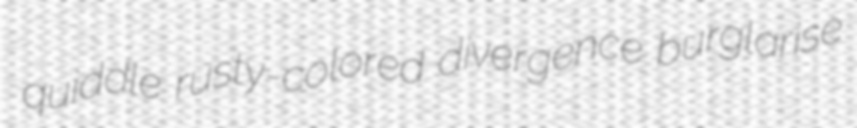
quiddle rusty-colored divergence burglarise